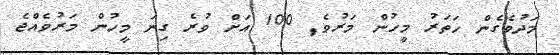
މަދުވެގެން ހަތަރު މީހުން މަރުވެ